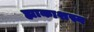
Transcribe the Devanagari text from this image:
ह्याकाशस्य